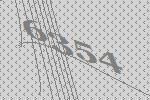
6354